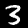
Digit: 3